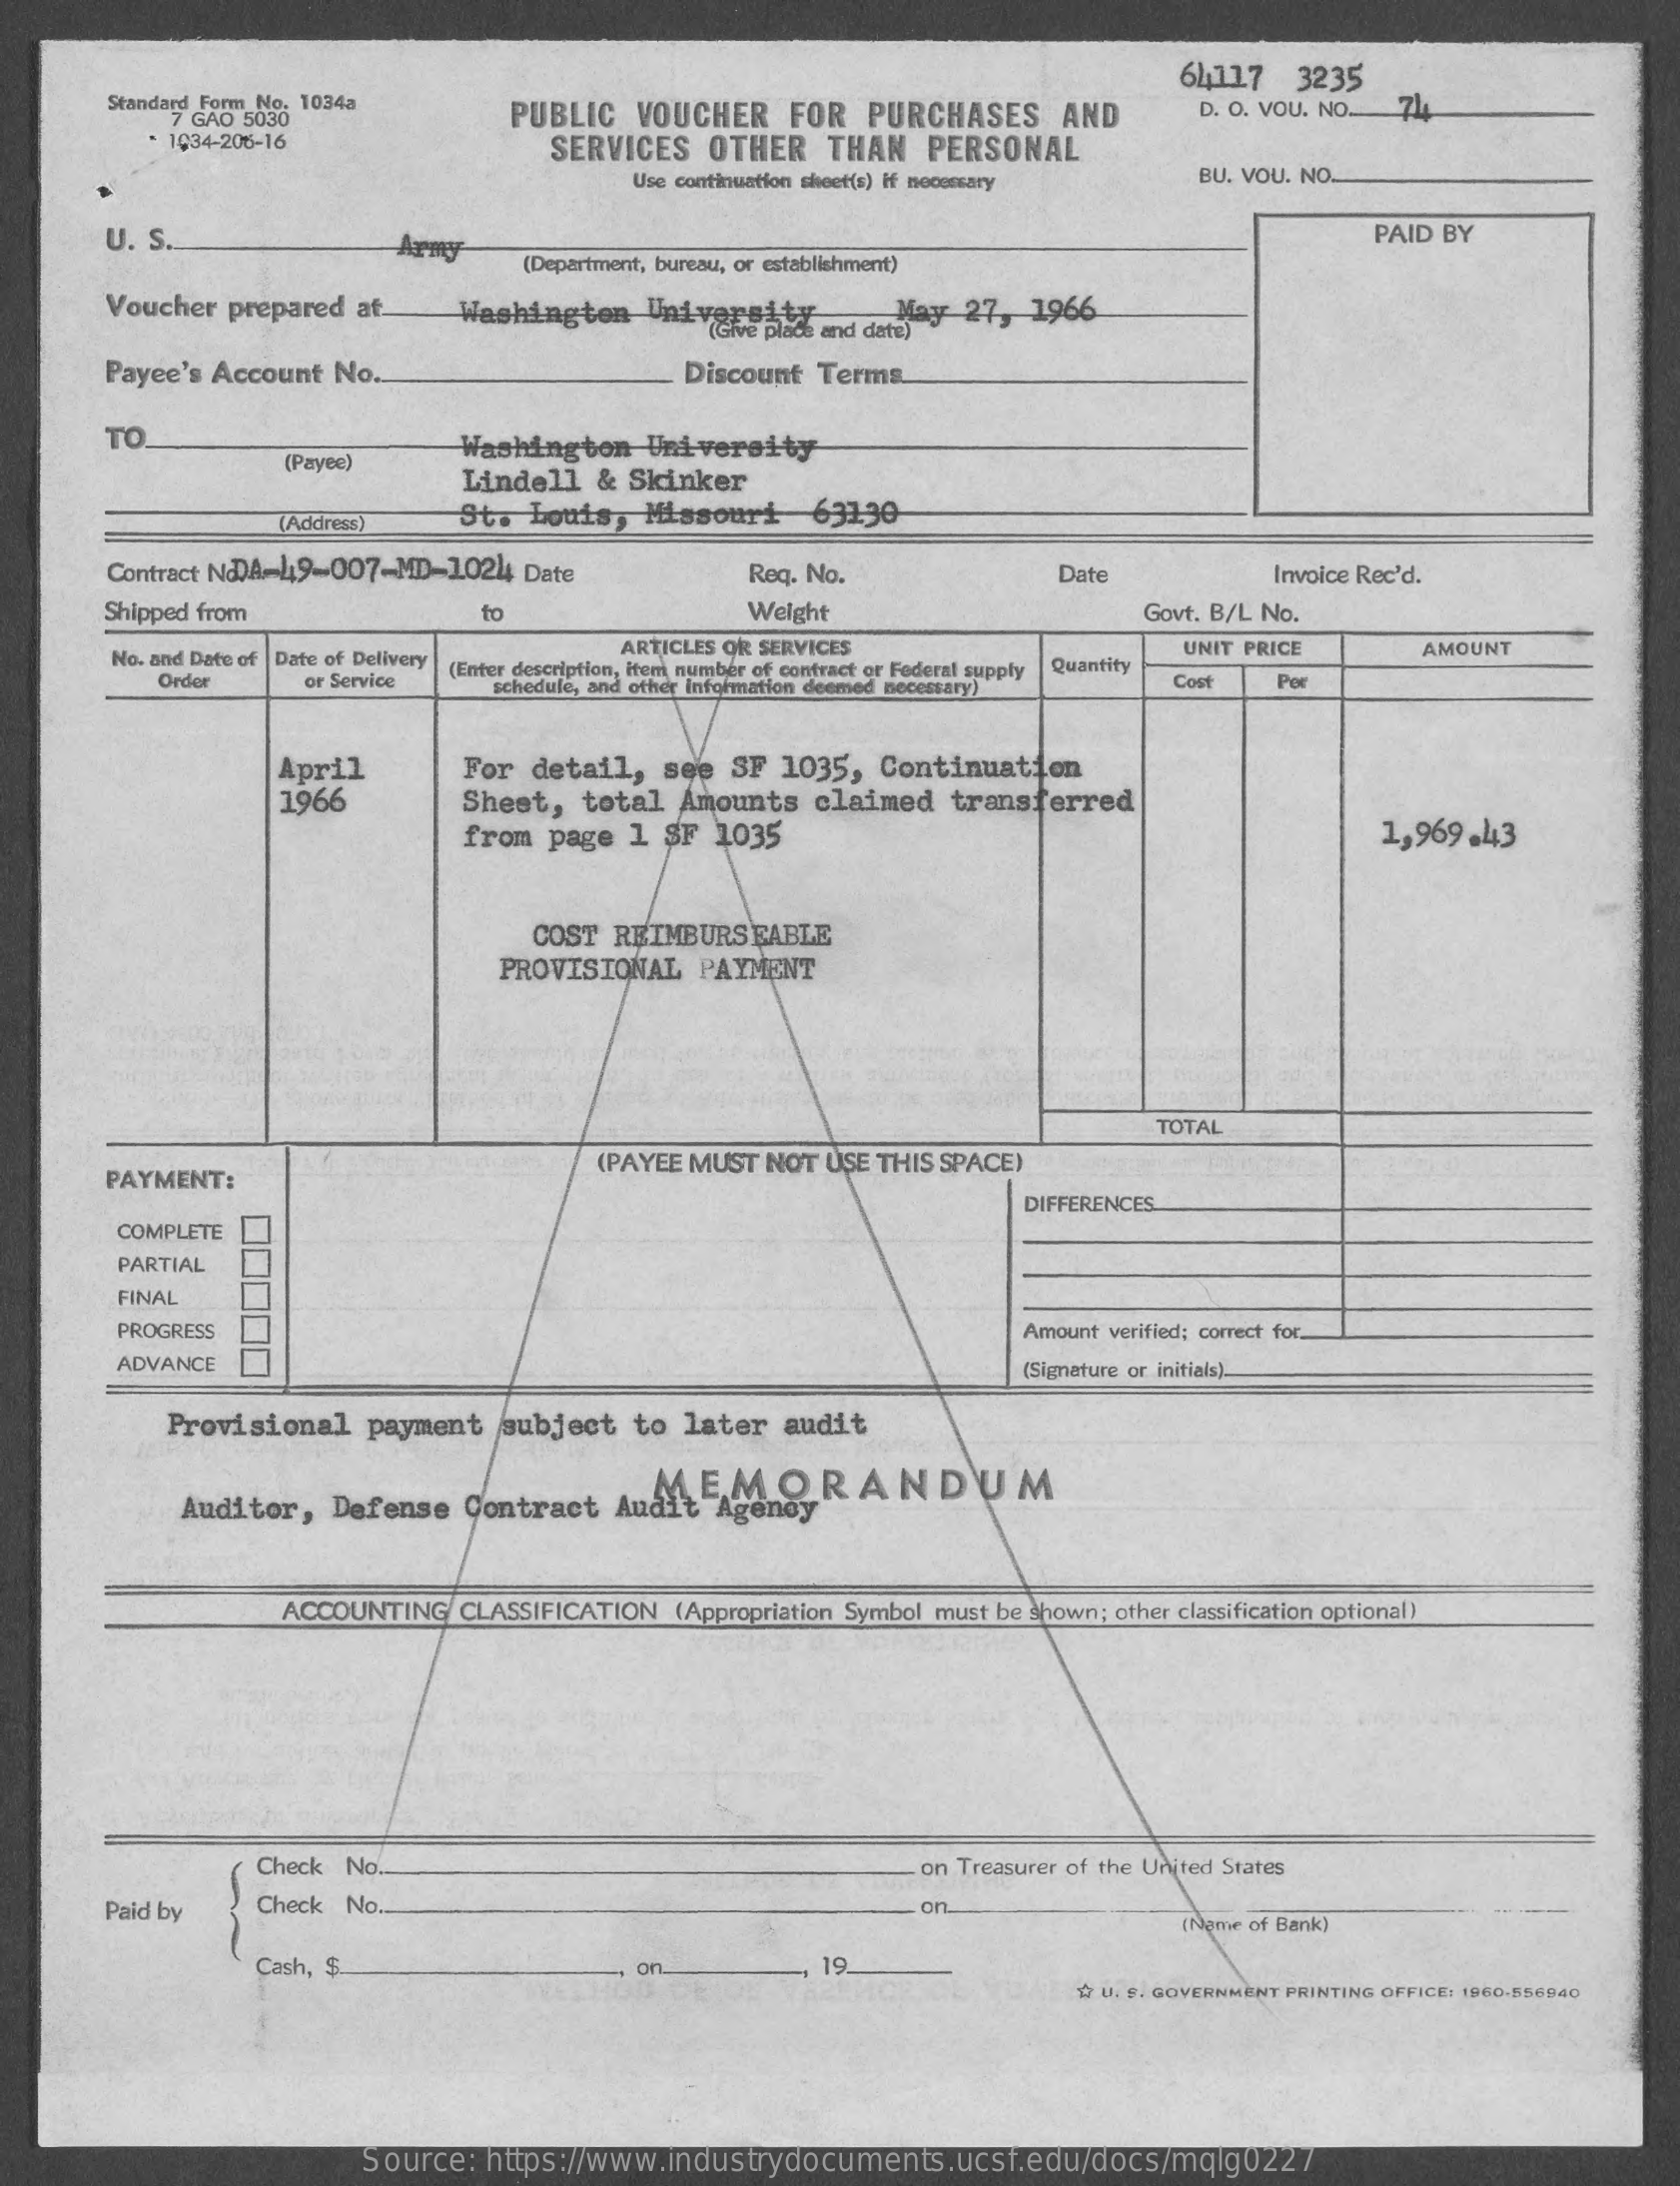
64117    3235
     Standard Form_No. 1034a
     7 GAO 5030    PUBLIC   VOUCHER    FOR   PURCHASES    AND    D. O. VOU. NO. 74
     1034-206-16    SERVICES   OTHER    THAN   PERSONAL
     Use continuation shoet(s) if nocomary    BU. VOU. NO.
     U. S.    Army    PAID BY
     (Department, bureau, or establishment)
     Voucher  prepared at.    Washington    University
     (Give place and date) May 27, 1966
     Payee's Account  No.    Discount Terms
     TO
     (Payee)
     Washington    University
     Lindell   & Skinker
     (Address)    St.  Louis,  Missouri    63130
     Contract NODA-419-007-MD-1024  Date    Req. No.    Date    Invoice Rec'd.
     Shipped from    to    Weight    Govt. B/L No.
     No. and Date of Date of Delivery
     ARTICLES OR SERVICES
     (Enter description, Item number of contract or Federal supply Quantity
     UNIT PRICE    AMOUNT
     Order    or Service   schedule, and other Information deemed necessary)  Cos    Por
     April    For  detail,   see  SF  1035,  Continuation
     1966    Sheet,   total  Amounts   claimed   transferred
     from page  1  $F  1035    1,969.43
     COST  REIMBURSEABLE
     PROVISIONAL    PAYMENT
     TOTAL
     PAYMENT:
     (PAYEE MUST NOT  USE THIS SPACE)
     DIFFERENCES
     COMPLETE
     PARTIAL
     FINAL
     PROGRESS    Amount verified; correct for.
     ADVANCE    (Signature or initials).
     Provisional   payment   subject   to  later  audit
     Auditor,  Defense   Contract   Audit   Agency MEMORANDUM
     ACCOUNTING   CLASSIFICATION  (Appropriation Symbol must be shown; other classification optional)
     Check  No.    on Treasurer of the United States
     Paid by    Check  No.    on
     (Nome of Bank)
     Cash, $.    on.    19.
     17 U. S. GOVERNMENT PRINTING OFFICE: 1960-556940
     Source:   https://www.industrydocuments.ucsf.edu/docs/mqlg0227